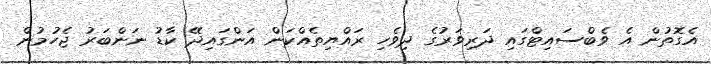
އެގޮތުން އެ ވެބްސައިޓްގައި ދަރިވަރުގެ ދިވެހި ރައްޔިތެއްކަން އަންގައިދޭ ކާޑު ނަންބަރު ޖެހުމުން